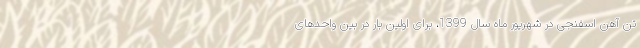
تن آهن اسفنجی در شهریور ماه سال 1399، برای اولین بار در بین واحدهای